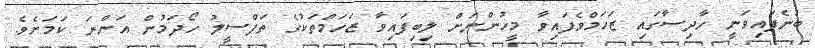
ބުނެފައިވަނީ ހާދިސާގައި ޒަހަމްވެފައިވާ މީހުންނަށް ލިބިފައިވާ ޒަހަމްތަކުގެ ތަފްސީލު ހޯދަމުން އަންނަ ކަމަށެވެ.